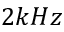
2 k H z